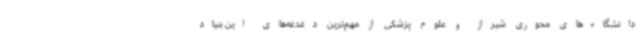
دانشگاه‌های محوری شیراز و علوم پزشکی از مهم‌ترین دغدغه‌های این بنیاد